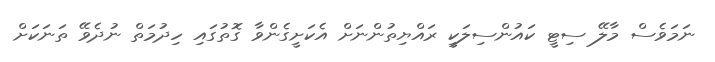
ނަމަވެސް މާލޭ ސިޓީ ކައުންސިލަކީ ރައްޔިތުންނަށް އެކަށީގެންވާ ގޮތުގައި ހިދުމަތް ނުދެވޭ ތަނަކަށް